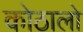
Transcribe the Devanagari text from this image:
कोठालो